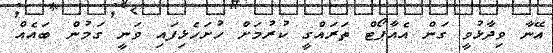
އޭނާ ވިދާޅުވީ ގަން އެއާޕޯޓް ތަރައްގީ ކުރުމަށް ހުށަހެޅިފައި ވަނީ ގަމުން ބައެއް